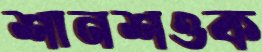
শানশওক